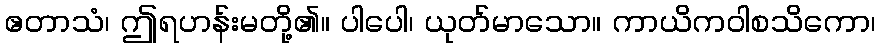
ဧတာသံ၊ ဤရဟန်းမတို့၏။ ပါပေါ၊ ယုတ်မာသော။ ကာယိကဝါစသိကော၊